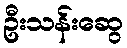
ဦးသန်းဆွေ